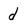
Character: d